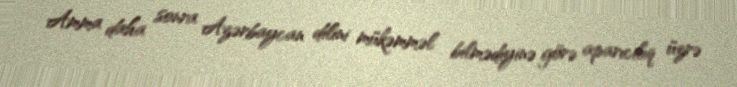
Amma daha sonra Azərbaycan dilini mükəmməl bilmədiyinə görə aparıcılıq üzrə